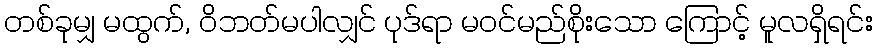
တစ်ခုမျှ မထွက်, ဝိဘတ်မပါလျှင် ပုဒ်ရာ မဝင်မည်စိုးသော ကြောင့် မူလရှိရင်း